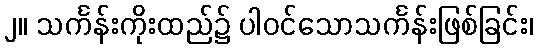
၂။ သင်္ကန်းကိုးထည်၌ ပါဝင်သောသင်္ကန်းဖြစ်ခြင်း၊